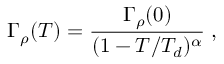
\Gamma _ { \rho } ( T ) = \frac { \Gamma _ { \rho } ( 0 ) } { ( 1 - T / T _ { d } ) ^ { \alpha } } \; ,